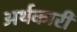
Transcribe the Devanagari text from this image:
अर्थकारी